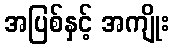
အပြစ်နှင့် အကျိုး